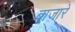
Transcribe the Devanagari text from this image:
बाजारे